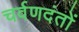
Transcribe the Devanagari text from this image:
चर्वणदंतों